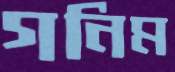
গনিম